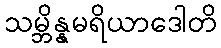
သမ္ဘိန္နမရိယာဒေါတိ